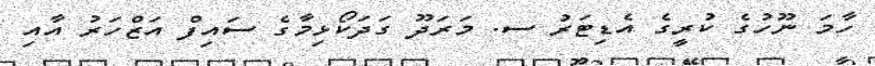
ހާމަ ނޫހުގެ ކުރީގެ އެޑިޓަރު ސ. މަރަދޫ ގަދަކޯޅިމާގެ ސައިފް އަޒްހަރު އާއި